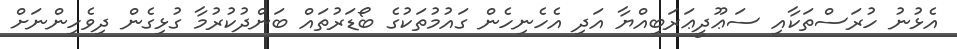
އެޅުނު ހުރަސްތަކާއި ސަޢޫދީޢަރަބިއްޔާ އަދި އެހެނިހެން ގައުމުތަކުގެ ބޯޑަރުތައް ބަންދުކުރުމާ ގުޅިގެން ދިވެހިންނަށް